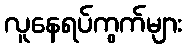
လူနေရပ်ကွက်များ